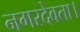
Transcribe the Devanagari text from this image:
नगरदेवता।